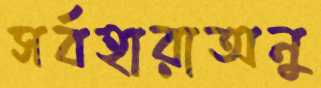
সর্বহারাঅনু